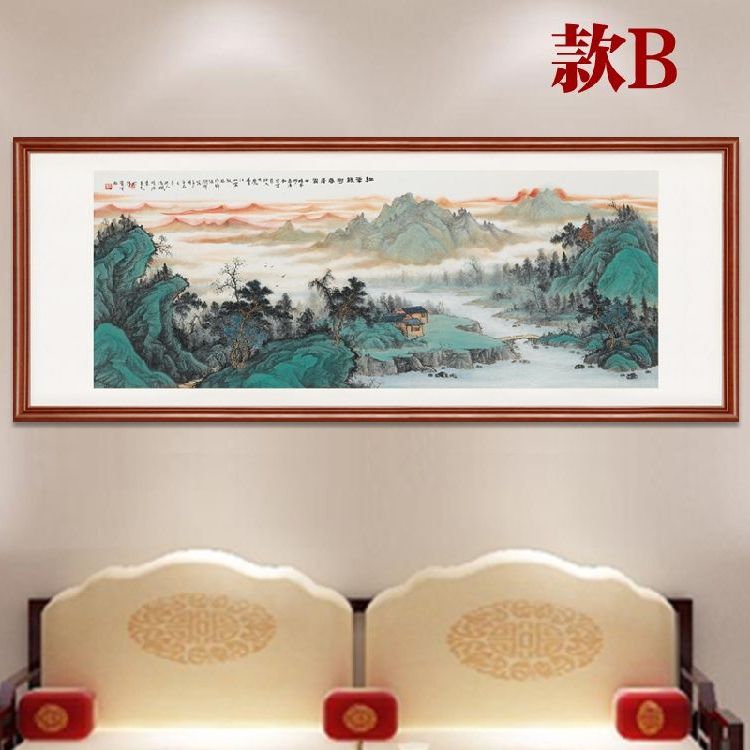
洞庭有归客，潇湘逢故人。